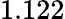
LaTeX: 1.122